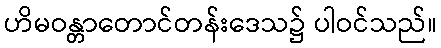
ဟိမဝန္တာတောင်တန်းဒေသ၌ ပါဝင်သည်။